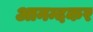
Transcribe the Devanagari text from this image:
आनन्दकर